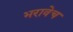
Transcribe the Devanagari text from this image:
भरावेच